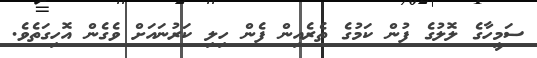
ސަމީހާގެ ލޮލުގެ ފުން ކަމުގެ ތެރެއިން ފެން ހިލި ކަރުނައަށް ވެގެން އޮހިގަތެވެ.